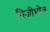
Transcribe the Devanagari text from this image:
निजीभोज